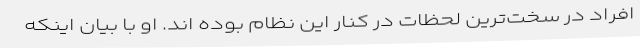
افراد در سخت‌ترین لحظات در کنار این نظام بوده اند. او با بیان اینکه